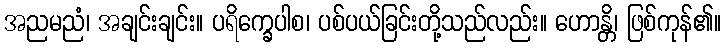
အညမညံ၊ အချင်းချင်း။ ပရိက္ခေပါစ၊ ပစ်ပယ်ခြင်းတို့သည်လည်း။ ဟောန္တိ၊ ဖြစ်ကုန်၏။